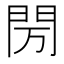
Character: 𰿘